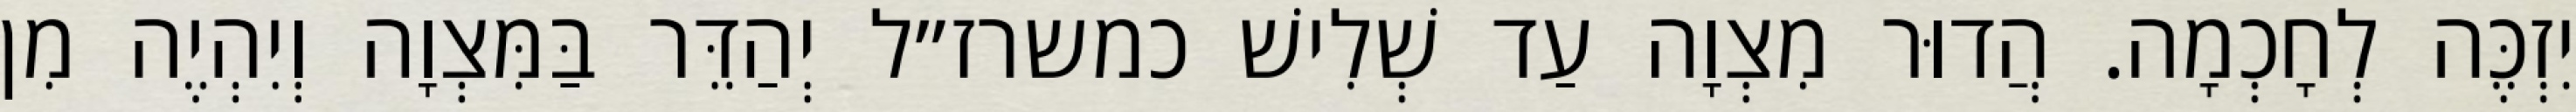
יִזְכֶּה לְחָכְמָה. הֲדוּר מִצְוָה עַד שְׁלִישׁ כמשרז״ל יְהַדֵּר בַּמִּצְוָה וְיִהְיֶה מִן